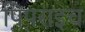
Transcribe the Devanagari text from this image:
पिपराइच